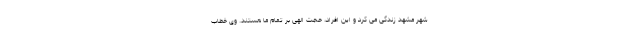
شهر مشهد زندگی می کرد و این افراد، حجت الهی بر تمام ما هستند. وی خطاب